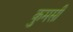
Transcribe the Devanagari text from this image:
कुमसी